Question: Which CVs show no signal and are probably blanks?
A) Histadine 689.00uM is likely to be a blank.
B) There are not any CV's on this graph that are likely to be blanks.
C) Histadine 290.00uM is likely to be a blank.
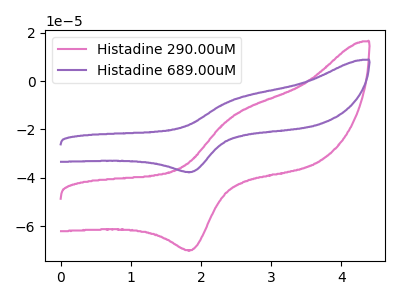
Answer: <think>The pink curve "Histadine 290.00uM" has an anodic peak at (2.45V, -14.85uA) and a cathodic peak at (1.85V, -69.95uA). The purple curve "Histadine 689.00uM" has an anodic peak at (2.45V, -8.00uA) and a cathodic peak at (1.85V, -37.60uA).</think>
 <answer>B) There are not any CV's on this graph that are likely to be blanks.</answer>
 <eval>B</eval>